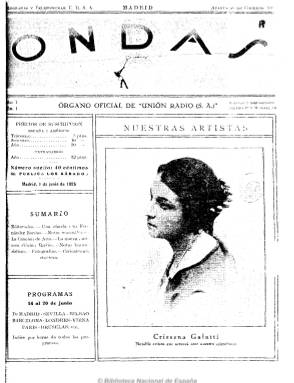
Título: Ondas (Madrid)
Colección: Comunicaciones
Ámbito geográfico: Madrid
Lugar de publicación: Madrid
Fechas: 01/06/1925-28/12/1935

Publicación que aparece el 16 de junio de 1925 coincidiendo con la inauguración oficial de la emisora radiofónica madrileña Unión Radio. Constituida esta como sociedad anónima a finales de 1924, tras la promulgación, el 14 de junio de este año, del Reglamento para el establecimiento y régimen de estaciones radio eléctricas particulares. Ni esta radio fue la primera que empezó a funcionar en España, pues en 1923 lo habían hecho la madrileña Radio Ibérica y Radio Barcelona (EAJ-1); ni esta fue la primera publicación especializada sobre lo que entonces se conocía como radiotelefonía, pues ya habían aparecido Radiosolá (Barcelona: 1923-1924) y Tele-radio (Madrid: 1923). Sin embargo, Unión Radio Madrid, que obtuvo el distintivo EAJ-7, absorbería muy pronto a las dos citadas y a otras de diversas provincias y se convertiría en la empresa radiofónica hegemónica en España, que tras la guerra civil se reconvertirá en la principal empresa privada de este sector de comunicación con el nombre de Sociedad Española de Radiodifusión (SER).

Fue impulsada, fundada y dirigida –tanto la emisora como la revista- por el ingeniero de Caminos Ricardo María Urgoiti Somovilla (1900-1979), hijo del también ingeniero, empresario editor y fundador del diario El sol (1916), entre otros periódicos, José Nicolás de Urgoiti (1869-1951). Y lo hizo a su regreso de Estados Unidos, donde había aprendido el negocio del nuevo medio de comunicación de masas, que alcanzará pronto un espectacular desarrollo -aunque menor que en Europa- durante la siguiente década, para convertirse en un destacado empresario e intelectual liberal, siguiendo la estela de la familia vizcaíno-madrileña a la que pertenecía, dedicando también sus anhelos a la industria del cine. El secretario de redacción de la revista será el periodista Isaac Pacheco. Aparece los domingos –después lo hará los sábados- en entregas de 32 páginas y al precio de 40 céntimos el ejemplar, aumentándolas después hasta las cuarenta y subiendo su precio a 50 céntimos. Publica una cubierta ilustrada, estampada generalmente a dos tintas- con un dibujo, y en su primera página una destacada fotografía relacionada directamente con el mundo de la radio. Asimismo, inserta una copiosa publicidad comercial, toda ella relacionada directamente con el medio (receptores, lámparas, empresas, etc.).

Como publicación especializada, dedica su mayor espacio a ofrecer la programación radiofónica semanal no sólo de las emisoras de Unión Radio, sino las de otras estaciones del país y de las principales europeas y que mejor se podían oír en España, con la inclusión de gráficos de las mismas. El resto de las páginas las dedica a insertar artículos, reportajes, entrevistas, información y noticias sobre los avances y desarrollo, no sólo de los aspectos tecnológicos y administrativos sobre el nuevo medio (radiación, licencias, etc.), sino sobre la propia estructura de sus contenidos y sobre sus profesionales, tanto técnicos como artísticos, y no sólo de España sino del mundo. Y, por otro lado, información y artículos sobre los propios programas, cuyos espacios estarán dirigidos principalmente al entretenimiento, a la música, al teatro, a los espectáculos (ya en 1926 comienzan las retransmisiones de corridas de toros y encuentros deportivos), a la divulgación (programas médicos, sobre la mujer, etc.). Destaca también la profusión de información fotográfica de quienes intervienen directamente en el estudio de emisión (actores y artistas de teatro, ópera, música clásica y popular, etc.), de los profesionales y de las instalaciones y equipos técnicos y humanos de las emisoras. También llega a insertar una revista de libros, un consultorio grafológico o cursos de esperanto, así como páginas de humor gráfico.

A partir del 17 de junio de 1928, además de ser órgano oficial de Unión Radio, S.A., también lo será de la Unión de Radioyentes, asociación que había constituido la propia emisora y de la que ofrecerá información. La revista es una de las fuentes primarias para poder conocer el desarrollo que tuvo el nuevo medio de comunicación de masas, que se consolidará durante la II República Española. Así, el origen y evolución del teatro radiofónico (en el que intervienen, entre otros, Azorín, Tomás Borrás o Ramón Gómez de la Serna, que fue el literato que no sólo más ensalzó sino que más utilizó el nuevo medio) ha sido estudiada por Carmen  Herrero Vecino. Entre los colaboradores de la revista estuvieron Joaquín Llizo, J. Pérez Seoane o Rosa Arciniega, así como el compositor y crítico vigués Juan José Montacón (1895-1964) o el pintor logroñés Augusto Fernández (1887-1975), que publicará un dibujo semanal sobre las óperas radiadas.

Urgoiti luchó por mantener la empresa radiofónica al margen de la política del dictador Primo de Rivera y hasta el siete de octubre de 1930 no programó la emisora un diario hablado -del que la parte literaria se ocupó el citado Isaac Pacheco- con el título “La palabra”. Fue asimismo defensora de los ideales liberales republicanos. El último número de la colección de la revista –a la que le falta todo el año 1928- corresponde al 28 de diciembre de 1935. Tras la guerra civil, Urgoiti se exiliará a la Argentina, regresando a España en 1943, aunque ya no participará en la nueva empresa radiofónica y su emisora cabecera -Radio Madrid-, dedicándose a la empresa médico-farmacéutica y a la divulgación científica. Con el mismo título, la SER editó una revista del mismo carácter entre 1952 y 1975 y organiza unos premios anuales radiofónicos.